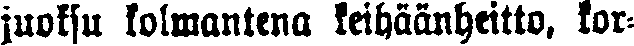
juoksu komantena keihäänheitto, kor-